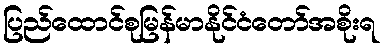
ပြည်ထောင်စုမြန်မာနိုင်ငံတော်အစိုးရ